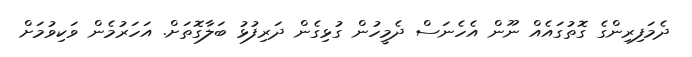
ދެމަފިރިންގެ ގޮތުގައެއް ނޫން އެހެނަސް ދެމީހުން ގުޅިގެން ދަރިފުޅު ބަލާގޮތަށް. އަހަރުމެން ވަކިވުމަށް